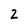
Character: Z